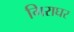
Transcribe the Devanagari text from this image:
गिराघर